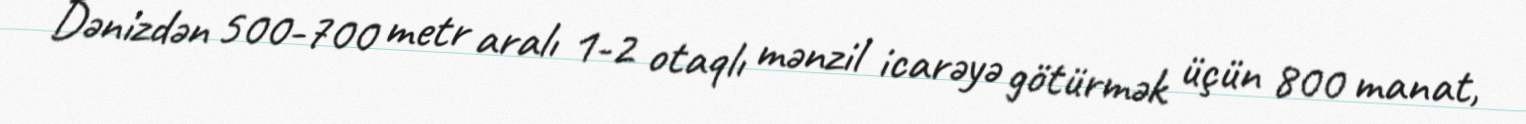
Dənizdən 500-700 metr aralı 1-2 otaqlı mənzil icarəyə götürmək üçün 800 manat,